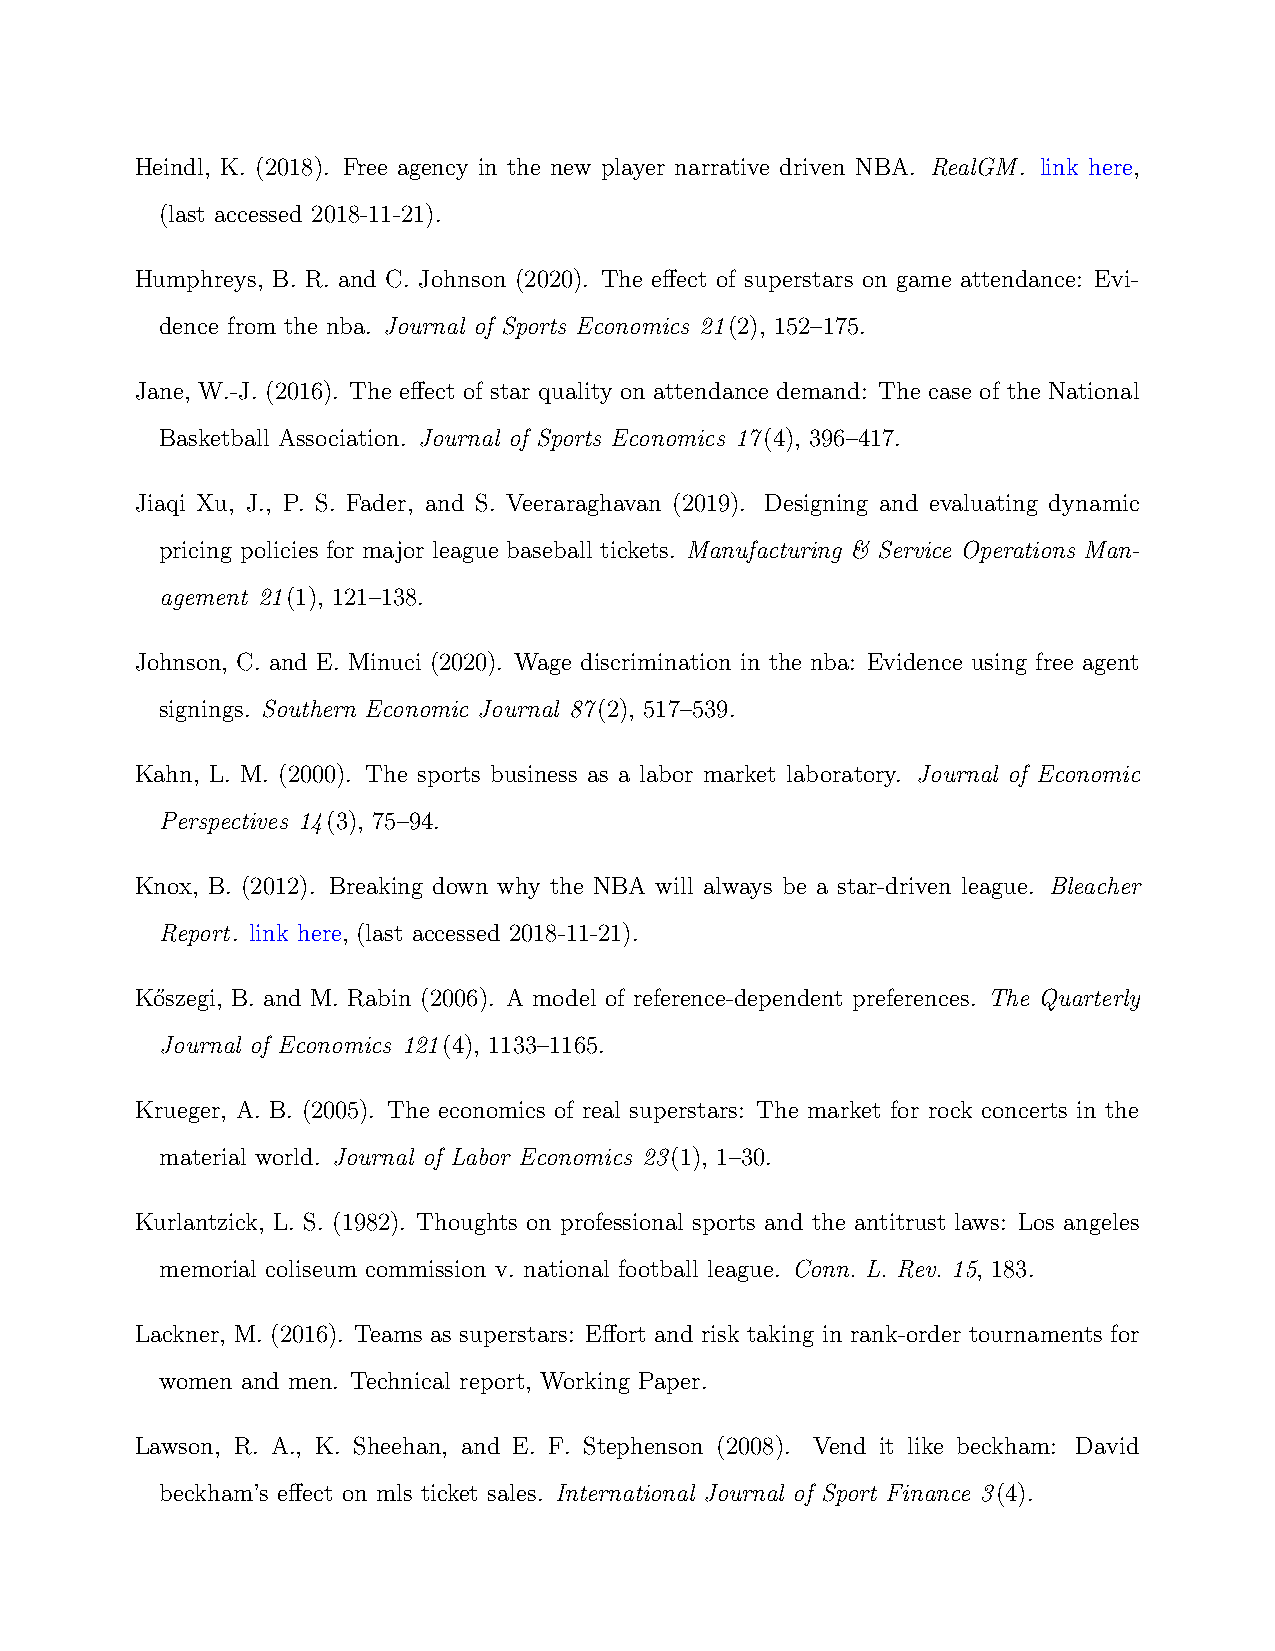
Heindl, K. (2018). Free agency in the new player narrative driven NBA. RealGM. link here,
 (last accessed 2018-11-21).
 Humphreys, B. R. and C. Johnson (2020). The effect of superstars on game attendance: Evi-
 dence from the nba. Journal of Sports Economics 21(2), 152–175.
 Jane, W.-J. (2016). The effect of star quality on attendance demand: The case of the National
 Basketball Association. Journal of Sports Economics 17(4), 396–417.
 Jiaqi Xu, J., P. S. Fader, and S. Veeraraghavan (2019). Designing and evaluating dynamic
 pricing policies for major league baseball tickets. Manufacturing & Service Operations Man-
 agement 21(1), 121–138.
 Johnson, C. and E. Minuci (2020). Wage discrimination in the nba: Evidence using free agent
 signings. Southern Economic Journal 87(2), 517–539.
 Kahn, L. M. (2000). The sports business as a labor market laboratory. Journal of Economic
 Perspectives 14(3), 75–94.
 Knox, B. (2012). Breaking down why the NBA will always be a star-driven league. Bleacher
 Report. link here, (last accessed 2018-11-21).
 Ko˝szegi, B. and M. Rabin (2006). A model of reference-dependent preferences. The Quarterly
 Journal of Economics 121(4), 1133–1165.
 Krueger, A. B. (2005). The economics of real superstars: The market for rock concerts in the
 material world. Journal of Labor Economics 23(1), 1–30.
 Kurlantzick, L. S. (1982). Thoughts on professional sports and the antitrust laws: Los angeles
 memorial coliseum commission v. national football league. Conn. L. Rev. 15, 183.
 Lackner, M. (2016). Teams as superstars: Effort and risk taking in rank-order tournaments for
 women and men. Technical report, Working Paper.
 Lawson, R. A., K. Sheehan, and E. F. Stephenson (2008). Vend it like beckham: David
 beckham’s effect on mls ticket sales. International Journal of Sport Finance 3(4).